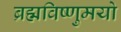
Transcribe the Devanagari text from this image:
ब्रह्मविष्णुमयो